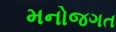
મનોજગત